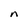
Character: n